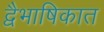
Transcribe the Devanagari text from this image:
द्वैभाषिकात